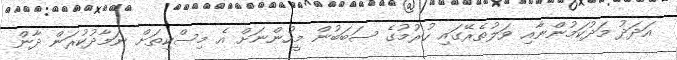
އަދަދު މަދުކަމުންނާއި ވަލުތެރޭގައި ހުރުމުގެ ސަބަބުން މީހުންނަށް އެ މިސްކިތަށް ނަމާދުކުރަން ދާން